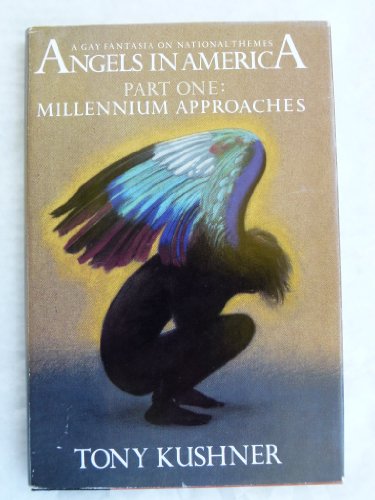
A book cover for Angels In America Part 1: Millennium Approaches; Tony Kushner; Gay & Lesbian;